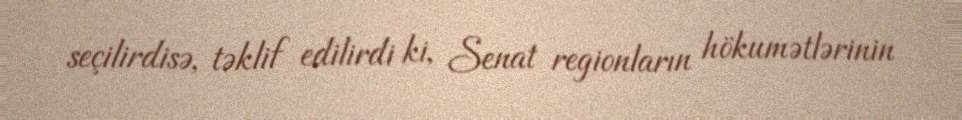
seçilirdisə, təklif edilirdi ki, Senat regionların hökumətlərinin